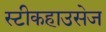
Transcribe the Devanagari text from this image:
स्टीकहाउसेज